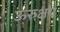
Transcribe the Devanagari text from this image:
ऊरुक्षय